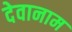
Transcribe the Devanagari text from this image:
देवानाम